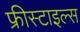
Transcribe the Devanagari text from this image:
फ्रीस्टाइल्स